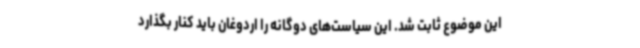
این موضوع ثابت شد. این سیاست‌های دوگانه را اردوغان باید کنار بگذارد